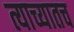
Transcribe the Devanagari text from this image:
त्याच्यातच